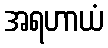
အရဟာယံ